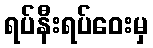
ရပ်နီးရပ်ဝေးမှ